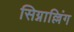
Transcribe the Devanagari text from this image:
सिग्नाल्लिंग